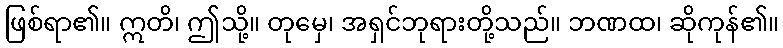
ဖြစ်ရာ၏။ ဣတိ၊ ဤသို့။ တုမှေ၊ အရှင်ဘုရားတို့သည်။ ဘဏထ၊ ဆိုကုန်၏။